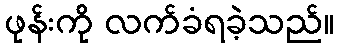
ဖုန်းကို လက်ခံရခဲ့သည်။